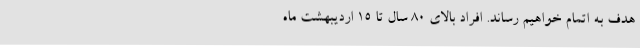
هدف به اتمام خواهیم رساند. افراد بالای ۸۰ سال تا ۱۵ اردیبهشت ماه